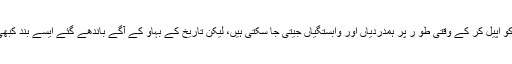
مذہبی اور فرقہ وارانہ جذبات کو اپیل کر کے وقتی طو ر پر ہمدردیاں اور وابستگیاں جیتی جا سکتی ہیں، لیکن تاریخ کے بہاو کے آگے باندھے گئے ایسے بند کبھی زیادہ دیر قائم نہیں رہ سکے۔